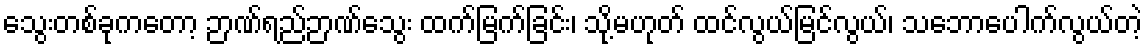
သွေးတစ်ခုကတော့ ဉာဏ်ရည်ဉာဏ်သွေး ထက်မြက်ခြင်း၊ သို့မဟုတ် ထင်လွယ်မြင်လွယ်၊ သဘောပေါက်လွယ်တဲ့